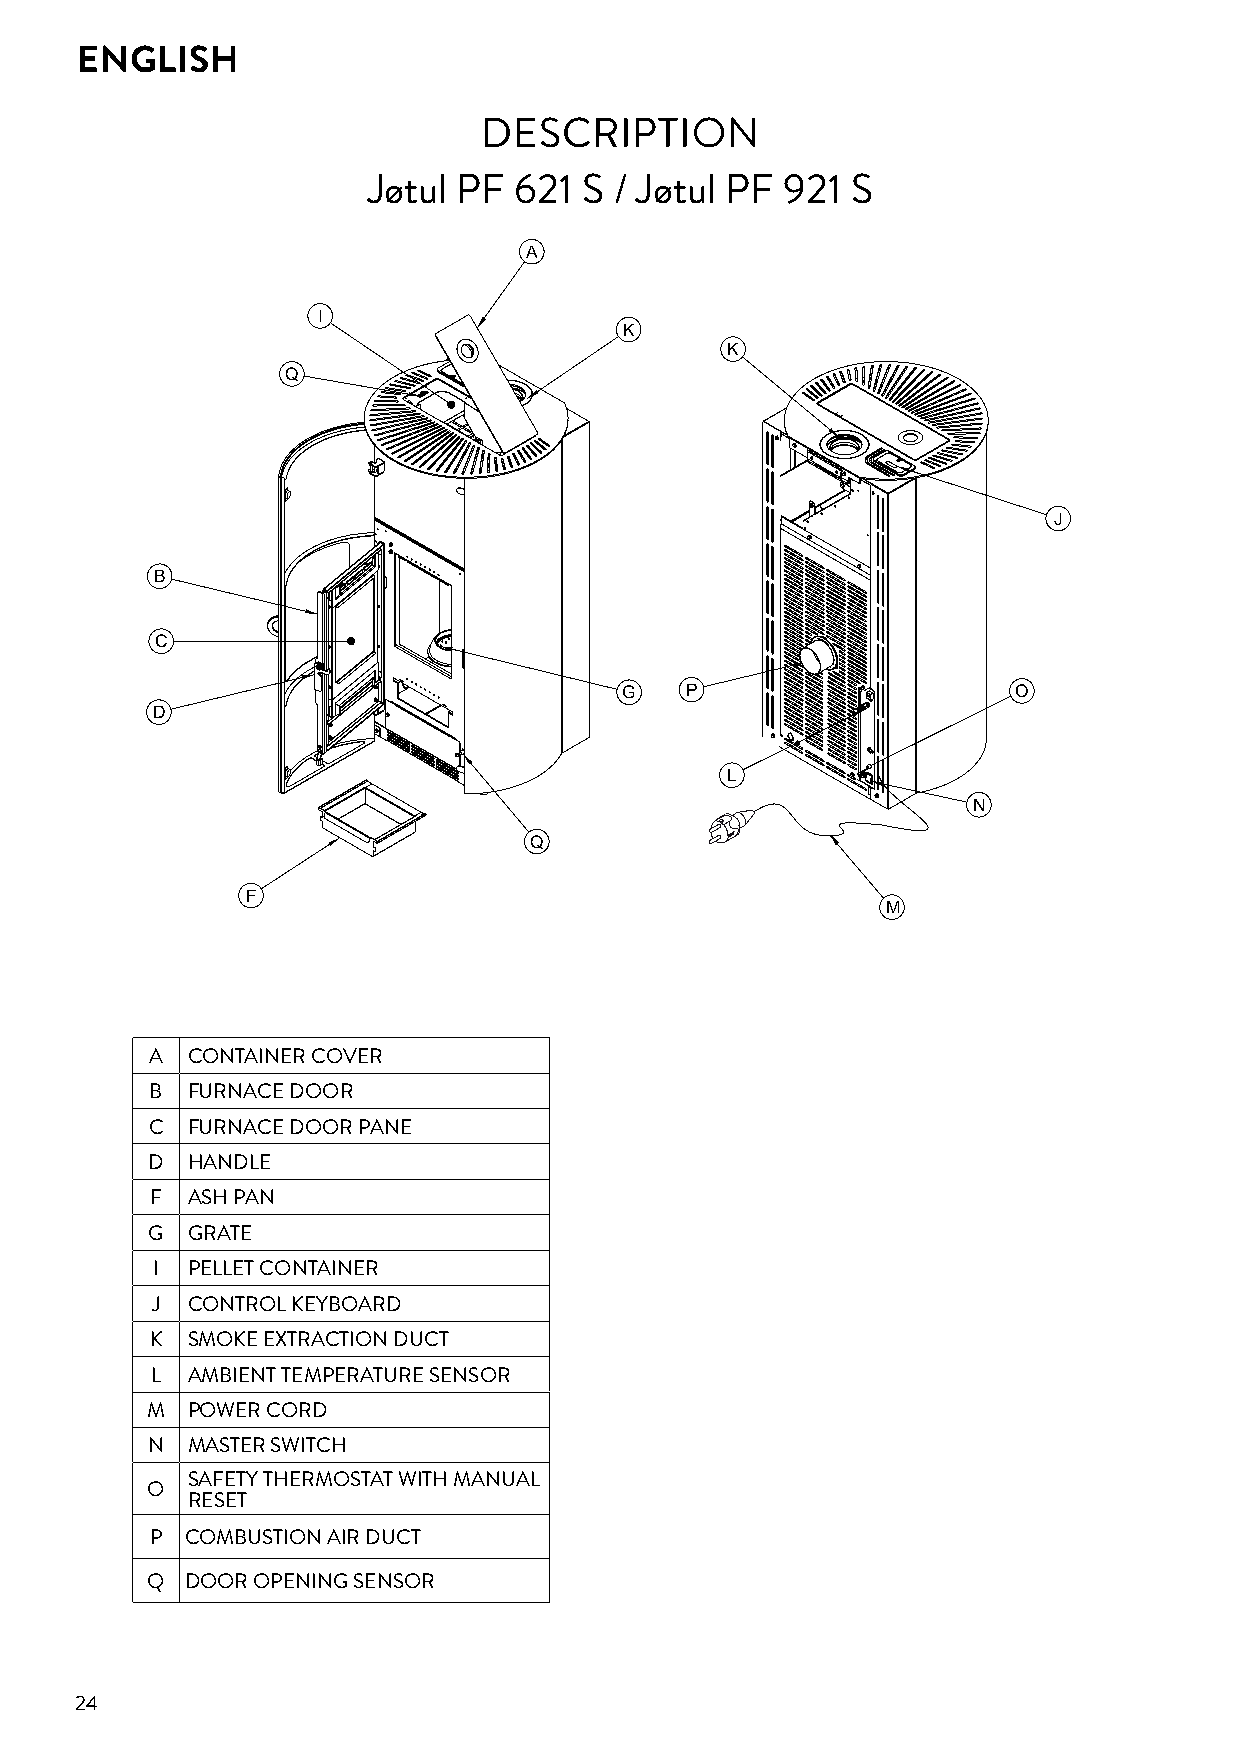
ENGLISH
 DESCRIPTION
 Jøtul PF  621  S / Jøtul PF 921 S
 A
 I
 K
 K
 Q
 J
 B
 C
 G   P                     O
 D
 L
 N
 Q
 F
 M
 A CONTAINER COVER
 B FURNACE DOOR
 C FURNACE DOOR PANE
 D HANDLE
 F ASH PAN
 G GRATE
 I PELLET CONTAINER
 J CONTROL KEYBOARD
 K SMOKE EXTRACTION DUCT
 L AMBIENT TEMPERATURE SENSOR
 M POWER CORD
 N MASTER SWITCH
 SAFETY THERMOSTAT WITH MANUAL
 O
 RESET
 P COMBUSTION AIR DUCT
 Q DOOR OPENING SENSOR
 24